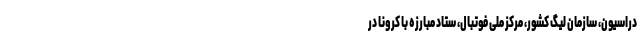
دراسیون، سازمان لیگ کشور، مرکز ملی فوتبال، ستاد مبارزه با کرونا در